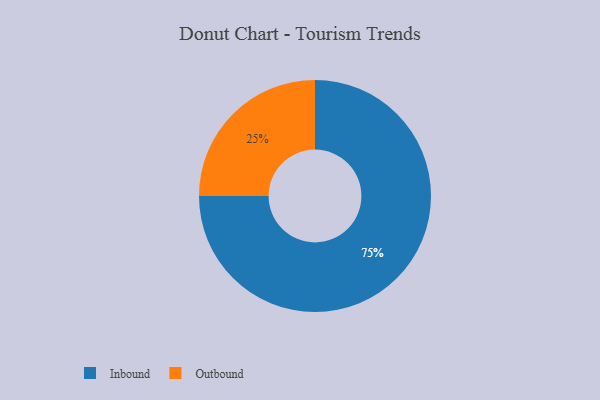
{"axis": {"x": "Category", "y": "Percentage"}, "legend": ["Inbound", "Outbound"], "data": [{"x": "Inbound", "y": 75, "type": "Inbound"}, {"x": "Outbound", "y": 25, "type": "Outbound"}]}